Vaccination in Bombay 1874-1876 - 1874-1876
Year: 1874
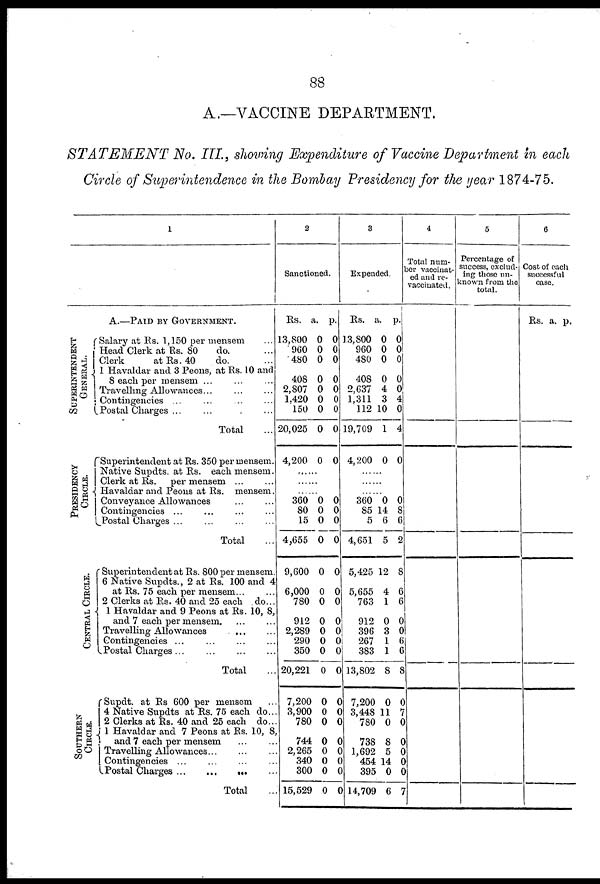
88
A.—VACCINE DEPARTMENT.
STATEMENT No. III., showing Expenditure of Vaccine Department in each
Circle of Superintendence in the Bombay Presidency for the year 1874-75.
1
A.—PAID BY GOVERNMENT.
SUPERINTENDENT
GENERAL.
PRESIDENCY
CIRCLE.
CENTRAL CIRCLE.
SOUTHERN
CIRCLE.
Salary at Rs. 1,150 per mensem ...
Head Clerk at Rs. 80
do. ...
Clerk
at Rs.40
do. ...
1 Havaldar and 3 Peons, at Rs. 10 and
8 each per mensem ... ... ...
Travelling Allowances... ... ...
Contingencies ...
...
...
...
Postal Charges ... ... ... ...
Total ...
Superintendent at Rs. 350 per mensem.
Native Supdts. at Rs. each mensem.
Clerk at Rs. per mensem ... ...
Havaldar and Peons at Rs. mensem.
Conveyance Allowances
...
...
Contingencies ... ... ... ...
Postal Charges ...
Total ...
Superintendent at Rs. 800 per mensem.
6 Native Supdts., 2 at Rs. 100 and 4
at Rs. 75 each per mensem... ...
2 Clerks at Rs. 40 and 25 each do...
1 Havaldar and 9 Peons at Rs. 10, 8,
and 7 each per mensem. ... ...
Travelling Allowances
...
...
Contingencies...
...
...
...
Postal
Charges...
...
...
...
Total ...
Supdt. at Rs 600 per mensem ...
4 Native Supdts at Rs. 75 each do...
2 Clerks at Rs. 40 and 25 each do...
1 Havaldar and 7 Peons at Rs. 10, 8,
and 7 each per mensem ... ...
Travelling Allowances... ... ...
Contingencies ... ... ... ...
Postal
Charges...
...
...
...
Total ...
2
Sanctioned.
Rs.
13,800
960
480
408
2,807
1,420
150
20,025
4,200
a.
0
0
0
0
0
0
0
0
0
p.
0
0
0
0
0
0
0
0
0
......
......
......
360
80
15
4,655
9,600
6,000
780
912
2,289
290
350
20,221
7,200
3,900
780
744
2,265
340
300
15,529
0
0
0
0
0
0
0
0
0
0
0
0
0
0
0
0
0
0
0
0
0
0
0
0
0
0
0
0
0
0
0
0
0
0
0
0
0
0
0
0
3
Expended.
Rs.
13,800
960
480
408
2,637
1,311
112
19,709
4,200
a.
0
0
0
0
4
3
10
1
0
p.
0
0
0
0
0
4
0
4
0
......
......
......
360
85
5
4,651
5,425
5,655
763
912
396
267
383
13,802
7,200
3,448
780
738
1,692
454
395
14,709
0
14
6
5
12
4
1
0
3
1
1
8
0
11
0
8
5
14
0
6
0
8
6
2
8
6
6
0
0
6
6
8
0
7
0
0
0
0
0
7
4
Total num¬
ber vaccinat-
ed and re¬
vaccinated.
5
Percentage of
success, exclud-
ing those un¬
known from the
total.
6
Cost of each
successful
case.
Rs. a. p.